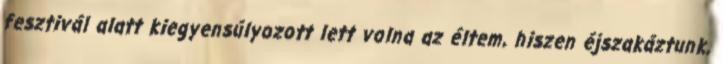
fesztivál alatt kiegyensúlyozott lett volna az éltem, hiszen éjszakáztunk,